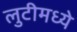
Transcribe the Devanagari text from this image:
लुटीमध्ये